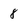
Character: 8